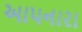
આપનારા